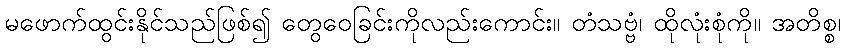
မဖောက်ထွင်းနိုင်သည်ဖြစ်၍ တွေဝေခြင်းကိုလည်းကောင်း။ တံသဗ္ဗံ၊ ထိုလုံးစုံကို။ အတိစ္စ၊